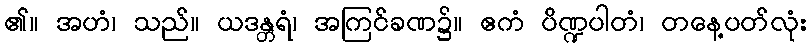
၏။ အဟံ၊ သည်။ ယဒန္တရံ၊ အကြင်ခဏ၌။ ဧကံ ပိဏ္ဍပါတံ၊ တနေ့ပတ်လုံး